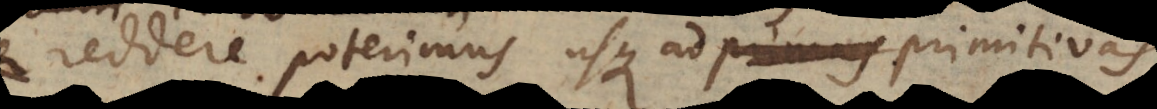
reddere poterimus usque ad primas primitiva